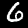
Digit: 6